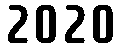
2020